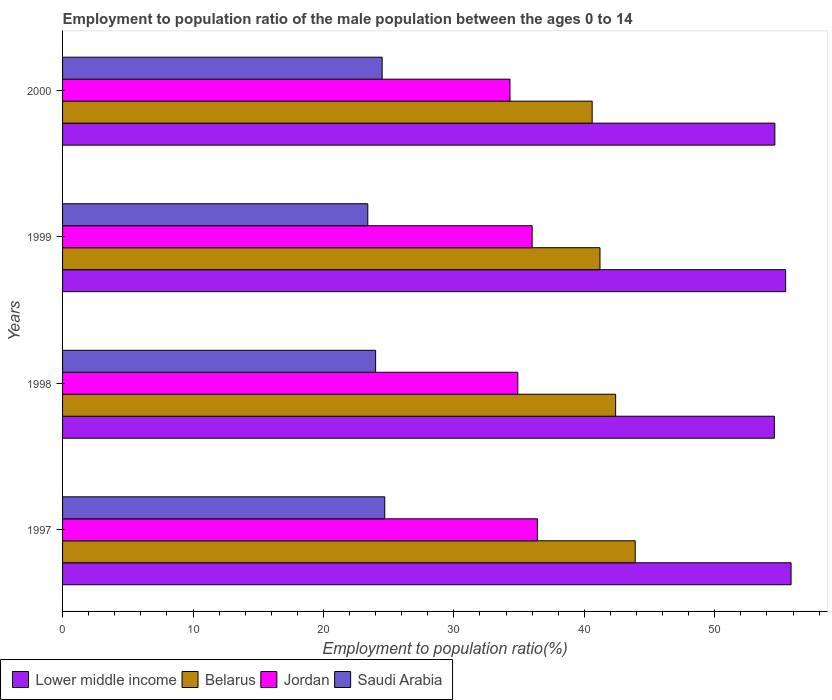
| Years | Lower middle income | Belarus | Jordan | Saudi Arabia |
 | --- | --- | --- | --- | --- |
 | 1997 | 55.8 | 43.9 | 36.4 | 24.7 |
 | 1998 | 54.6 | 42.4 | 34.9 | 24 |
 | 1999 | 55.4 | 41.2 | 36 | 23.4 |
 | 2000 | 54.6 | 40.6 | 34.3 | 24.5 |